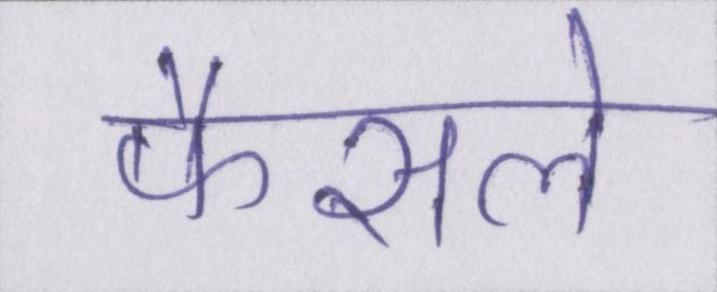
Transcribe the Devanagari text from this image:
फैसले